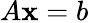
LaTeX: A\mathbf{x}=b